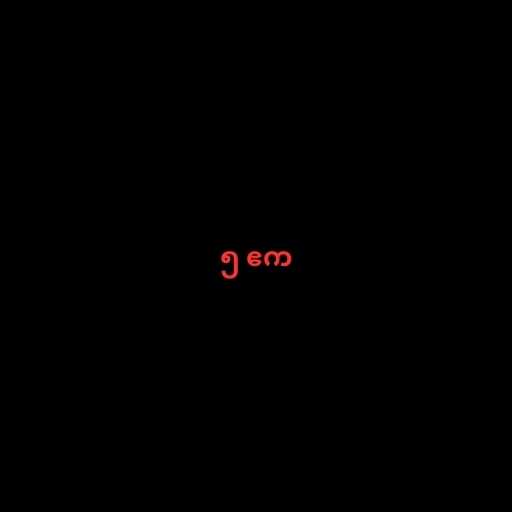
၅ ဧက